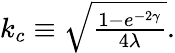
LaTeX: \begin{array}{r}{k_{c}\equiv\sqrt{\frac{1-e^{-2\gamma}}{4\lambda}}.}\end{array}